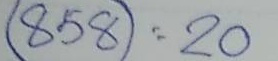
858 = 20